Vaccination North-Western Provinces and Oudh 1896-1901 - 1896-1901
Year: 1896
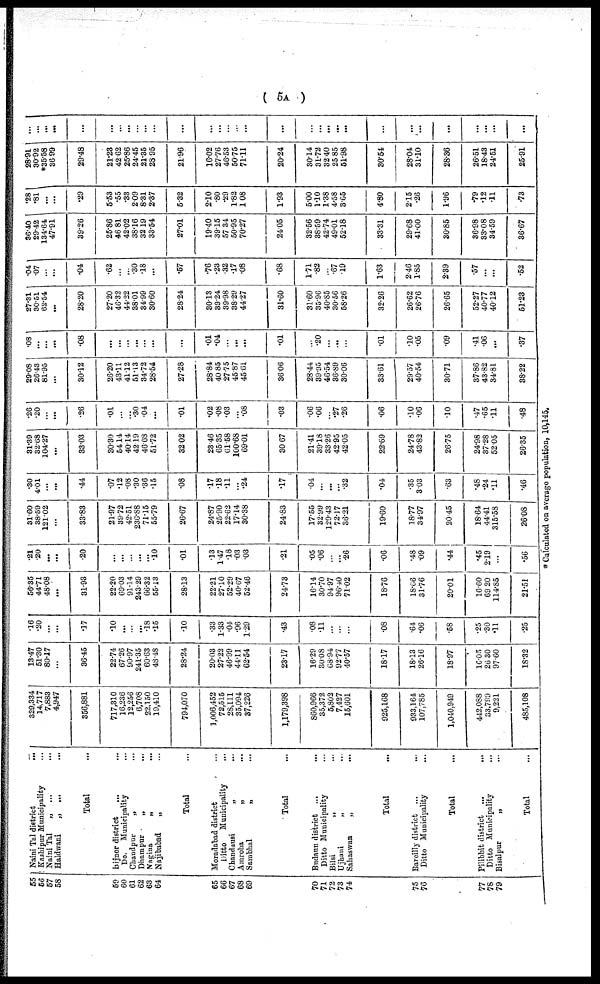
( 5A )
55
56
57
58
59
60
61
62
63
64
65
66
67
68
69
70
71
72
73
74
75
76
77
78
79
Naini Tal district
...
Kashipur Municipality ...
Naini Tal
„ ... ...
Haldwani
„
... ...
Total ...
Bijnor distríct
...
...
Do.
Municipality ...
Chandpur
„ ...
Dhampur
„
...
Nagina
„
...
Najibabad
„ ...
Total ...
Moradabad district ...
Ditto
Municipality ...
Chandausi
„
...
Amroha
„
...
Sambhal
„ ...
Total ...
Budaun district
...
...
Ditto Municipality ...
Bilsi
„ ...
Ujhani
„ ...
Sahaswan
„
...
Total ...
Bareilly district
... ...
Ditto Municipality ...
Total ...
Pilibhit district
...
...
Ditto Municipality ...
Bisalpur
„ ...
Total ...
329,334
14,717
7,883
4,947
356,881
717,310
16,236
12,256
6,708
22,150
19,410
794,070
1,006,452
72,515
28,111
35,094
37,226
1,179,398
860,966
35,372
5,802
7,427
15,601
925,168
933,164
107,785
1,040,949
442,088
33,799
9,221
485,108
13.47
51.30
80.17
...
36.45
22.74
67.26
90.97
241.35
60.63
48.48
28.24
20.03
27.22
46.99
44.11
62.54
23.17
16.29
30.08
68.94
92.77
40.57
18.17
18.13
26.16
18.97
16.05
26.30
97.60
18.32
.16
.20
...
...
.17
.10
...
...
...
.18
.15
.10
.33
1.33
.04
.96
1.29
.43
.08
.11
...
...
...
.08
.64
.06
.58
.25
.30
.11
.25
56.35
44.71
48.08
...
31.93
22.20
69.03
91.14
243.29
66.32
55.13
28.13
22.21
27.10
52.29
40.67
52.46
24.73
16.14
30.70
94.97
96.40
71.02
18.76
18.66
31.76
20.01
16.60
69.20
114.85
21.51
.21
.20
...
...
.20
...
...
...
...
...
.10
.01
.13
1.47
.18
.03
.03
.21
.05
.06
...
...
.26
.06
.48
.09
.44
.45
2.19
...
.56
31.60
38.59
121.02
...
33.83
21.97
39.72
42.51
236.88
71.15
55.79
26.67
24.87
25.90
22.62
17.14
30.38
24.83
17.55
32.99
129.43
72.17
36.21
19.60
18.77
34.97
20.45
18.64
44.41
315.58
26.08
.30
4.01
...
...
.44
.07
.12
.08
.30
.36
.15
.08
.17
.18
.11
...
.24
.17
.04
...
...
...
.32
.04
.35
3.03
.63
.48
.24
.11
.46
31.39
32.68
104.27
...
33.03
30.30
54.14
40.14
42.19
46.68
51.72
32.02
23.46
65.35
61.58
100.68
69.01
30.67
21.41
39.18
33.26
42.95
42.05
22.69
24.78
43.82
26.75
24.98
37.28
52.05
26.35
.26
.20
...
...
.26
.01
...
...
.30
.04
...
.01
.02
.08
.03
.08
.03
.06
.06
...
.27
.26
.06
.10
.06
.10
.47
.65
.11
.48
29.08
26.43
81.95
...
30.12
26.20
43.11
41.12
51.13
34.72
28.54
27.28
28.84
40.85
27.75
45.87
45.61
36.06
28.44
39.95
46.54
36.89
30.06
33.61
29.57
40.54
30.71
37.86
43.82
34.81
38.22
.08
...
...
...
.08
...
...
...
...
...
...
...
.01
.04
...
...
...
.01
...
.20
...
...
...
.01
.10
.05
.09
.41
.06
...
.37
27.31
30.51
62.54
...
28.20
27.20
46.32
44.22
38.01
34.99
30.60
28.24
30.13
39.24
39.98
38.29
44.27
31.60
31.60
35.96
40.85
30.56
58.26
32.26
26.62
26.76
26.65
52.27
40.77
40.12
51.23
.04
.07
...
...
.04
.62
...
...
.30
.18
...
.57
.76
.23
.32
.17
.08
.68
1.71
.82
...
.67
.19
1.63
2.46
1.85
2.39
.57
...
...
.52
36.40
29.42
134.64
47.91
39.26
25.86
46.81
42.02
38.16
32.19
33.54
27.01
19.40
39.15
57.34
50.95
70.27
24.05
32.56
38.59
42.74
49.01
52.18
33.31
29.68
41.00
30.85
36.98
33.08
34.59
36.67
.28
.81
...
...
.29
5.53
.55
.33
2.09
8.31
2.37
5.32
2.10
.80
.29
1.82
1.08
1.93
5.00
1.10
1.38
4.58
3.65
4.80
2.15
.26
1.96
.79
.12
11
.73
28.91
30.92
*35.58
36.99
29.48
21.23
42.62
25.86
24.45
21.35
28.95
21.96
16.02
27.76
46.53
50.75
71.11
20.24
30.14
31.72
32.40
25.85
51.98
30.54
28.04
31.10
28.36
26.51
18.43
24.51
25.91
...
...
...
...
...
...
...
...
...
...
...
...
...
...
...
...
...
...
...
...
...
...
...
...
...
...
...
...
...
...
...
* Calculated on average population, 10,145.